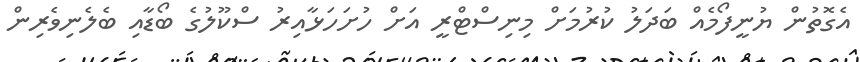
އެގޮތުން ޔުނީފޯމެއް ބަދަލު ކުރުމަށް މިނިސްޓްރީ އަށް ހުށަހަޅާއިރު ސްކޫލުގެ ބޯޑާއި ބެލެނިވެރިން